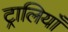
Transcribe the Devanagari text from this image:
ट्रालियाँ